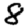
Digit: 8